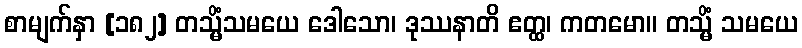
စာမျက်နှာ [၁၈၂] တသ္မိံသမယေ ဒေါသော၊ ဒုဿနာတိ ဧတ္ထ၊ ကတမော။ တသ္မိံ သမယေ